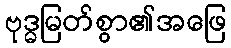
ဗုဒ္ဓမြတ်စွာ၏အဖြေ